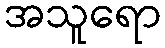
အသူရော